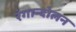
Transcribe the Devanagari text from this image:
रंगान्दोलन